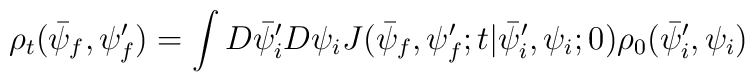
\rho_t(\bar{\psi}_f, \psi'_ f) = \int D\bar{\psi}'_i D \psi_i J(\bar{\psi}_f, \psi'_f;t|\bar{\psi}'_i, \psi_i;0) \rho_0 (\bar{\psi}'_i,\psi_i)